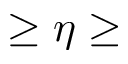
\ge \eta \ge